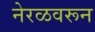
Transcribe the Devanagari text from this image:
नेरळवरून